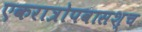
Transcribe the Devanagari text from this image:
एकरात्रोपवासश्च